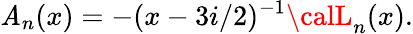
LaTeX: \mathit{A}_{n}(x)=-(x-3i/2)^{-1}{\calL}_{n}(x).